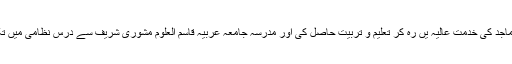
اپنے والد ماجد کی خدمت عالیہ یں رہ کر تعلیم و تربیت حاصل کی اور مدرسہ جامعہ عربیہ قاسم العلوم مشوری شریف سے درس نظامی میں تکمیل کی ۔